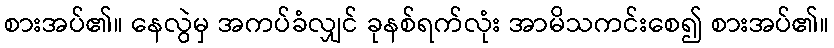
စားအပ်၏။ နေလွဲမှ အကပ်ခံလျှင် ခုနစ်ရက်လုံး အာမိသကင်းစေ၍ စားအပ်၏။